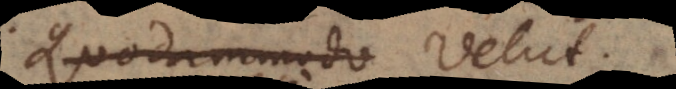
Quodammodo Velut.